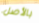
بالأصل